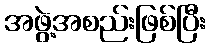
အဖွဲ့အစည်းဖြစ်ပြီး